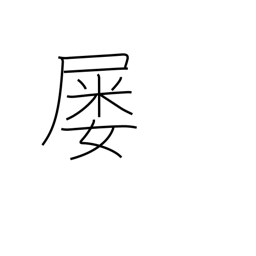
Meaning: frequently